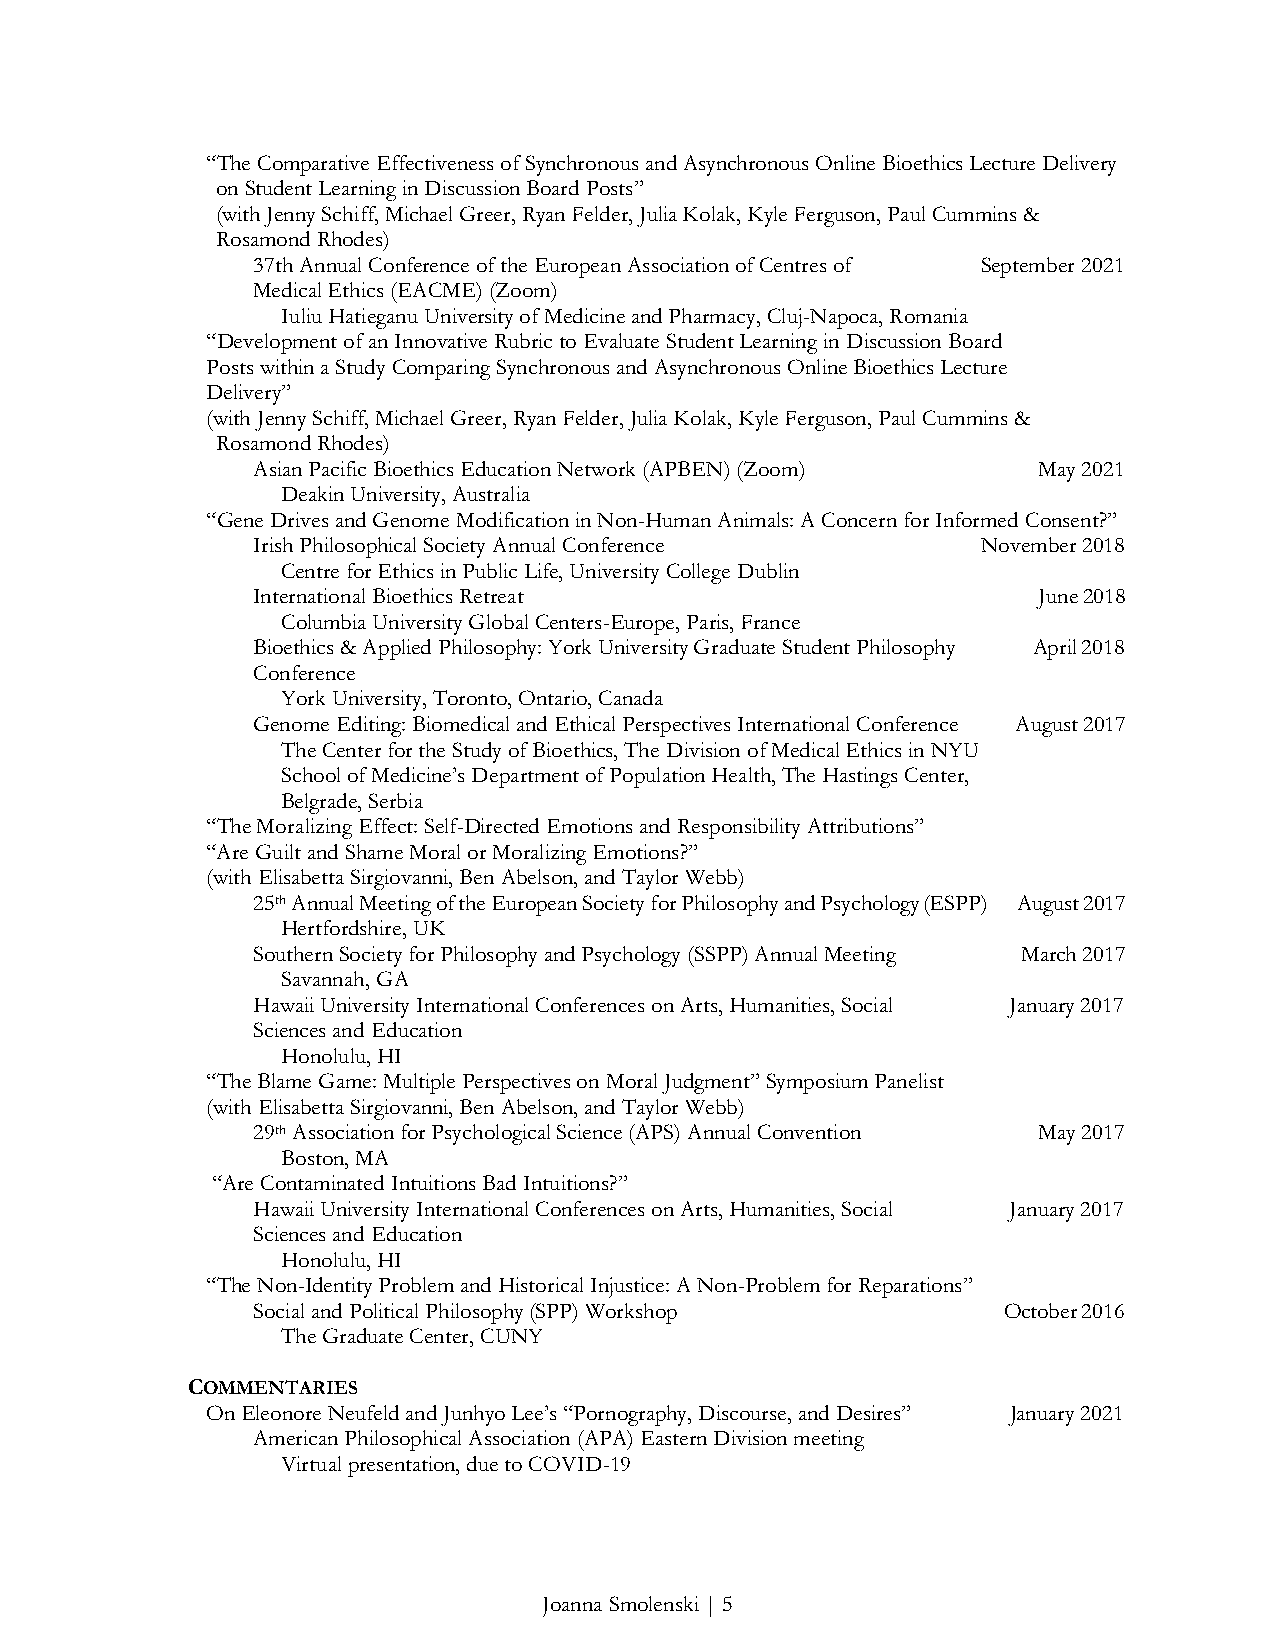
“The Comparative Effectiveness of Synchronous and Asynchronous Online Bioethics Lecture Delivery
 on Student Learning in Discussion Board Posts”
 (with Jenny Schiff, Michael Greer, Ryan Felder, Julia Kolak, Kyle Ferguson, Paul Cummins &
 Rosamond Rhodes)
 37th Annual Conference of the European Association of Centres of September 2021
 Medical Ethics (EACME) (Zoom)
 Iuliu Hatieganu University of Medicine and Pharmacy, Cluj-Napoca, Romania
 “Development of an Innovative Rubric to Evaluate Student Learning in Discussion Board
 Posts within a Study Comparing Synchronous and Asynchronous Online Bioethics Lecture
 Delivery”
 (with Jenny Schiff, Michael Greer, Ryan Felder, Julia Kolak, Kyle Ferguson, Paul Cummins &
 Rosamond Rhodes)
 Asian Pacific Bioethics Education Network (APBEN) (Zoom) May 2021
 Deakin University, Australia
 “Gene Drives and Genome Modification in Non-Human Animals: A Concern for Informed Consent?”
 Irish Philosophical Society Annual Conference   November 2018
 Centre for Ethics in Public Life, University College Dublin
 International Bioethics Retreat                     June 2018
 Columbia University Global Centers-Europe, Paris, France
 Bioethics & Applied Philosophy: York University Graduate Student Philosophy April 2018
 Conference
 York University, Toronto, Ontario, Canada
 Genome Editing: Biomedical and Ethical Perspectives International Conference August 2017
 The Center for the Study of Bioethics, The Division of Medical Ethics in NYU
 School of Medicine’s Department of Population Health, The Hastings Center,
 Belgrade, Serbia
 “The Moralizing Effect: Self-Directed Emotions and Responsibility Attributions”
 “Are Guilt and Shame Moral or Moralizing Emotions?”
 (with Elisabetta Sirgiovanni, Ben Abelson, and Taylor Webb)
 25th Annual Meeting of the European Society for Philosophy and Psychology (ESPP) August 2017
 Hertfordshire, UK
 Southern Society for Philosophy and Psychology (SSPP) Annual Meeting March 2017
 Savannah, GA
 Hawaii University International Conferences on Arts, Humanities, Social January 2017
 Sciences and Education
 Honolulu, HI
 “The Blame Game: Multiple Perspectives on Moral Judgment” Symposium Panelist
 (with Elisabetta Sirgiovanni, Ben Abelson, and Taylor Webb)
 29th Association for Psychological Science (APS) Annual Convention May 2017
 Boston, MA
 “Are Contaminated Intuitions Bad Intuitions?”
 Hawaii University International Conferences on Arts, Humanities, Social January 2017
 Sciences and Education
 Honolulu, HI
 “The Non-Identity Problem and Historical Injustice: A Non-Problem for Reparations”
 Social and Political Philosophy (SPP) Workshop   October 2016
 The Graduate Center, CUNY
 COMMENTARIES
 On Eleonore Neufeld and Junhyo Lee’s “Pornography, Discourse, and Desires” January 2021
 American Philosophical Association (APA) Eastern Division meeting
 Virtual presentation, due to COVID-19
 Joanna Smolenski | 5